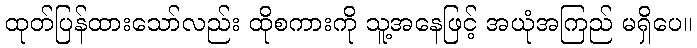
ထုတ်ပြန်ထားသော်လည်း ထိုစကားကို သူ့အနေဖြင့် အယုံအကြည် မရှိပေ။